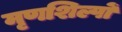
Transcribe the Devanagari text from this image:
मृणशिल्पों